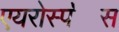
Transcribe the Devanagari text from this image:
एयरोस्प॓स